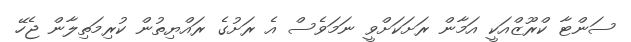
ސަންޓާ ކްރޫޒްއަކީ އަމާން ރަށަކަށްވީ ނަމަވެސް އެ ރަށުގެ ރައްޔިތުން ކުރިމަތިލާން ޖެހޭ